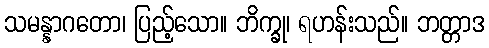
သမန္နာဂတော၊ ပြည့်သော။ ဘိက္ခု၊ ရဟန်းသည်။ ဘတ္တာဒ